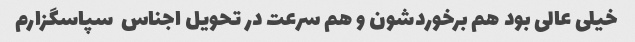
خیلی عالی بود هم برخوردشون و هم سرعت در تحویل اجناس  سپاسگزارم